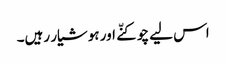
اس لیے چوکنّے اور ہوشیار رہیں۔